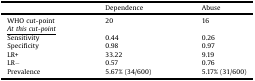
<table><thead><tr><td></td><td><b>Dependence</b></td><td><b>Abuse</b></td></tr></thead><tbody><tr><td>WHO cut-point</td><td>20</td><td>16</td></tr><tr><td colspan="3"><i><underline>At this cut-point</underline></i></td></tr><tr><td>Sensitivity</td><td>0.44</td><td>0.26</td></tr><tr><td>Specificity</td><td>0.98</td><td>0.97</td></tr><tr><td>LR+</td><td>33.22</td><td>9.19</td></tr><tr><td>LR−</td><td>0.57</td><td>0.76</td></tr><tr><td>Prevalence</td><td>5.67% (34/600)</td><td>5.17% (31/600)</td></tr></tbody></table>